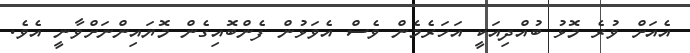
އެއަށް ވުރެ މޮޅު ބުއްދިއަކީ އަހަރެމެން ވެސް އެވަޅުން ފެންބޮއިގެން މޮޔައިންނަށްވާނީ އެވެ.